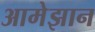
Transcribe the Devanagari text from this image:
आमेझान